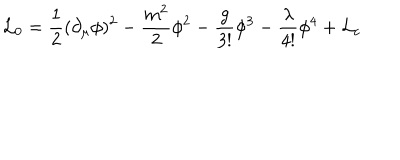
LaTeX: { \cal L } _ { 0 } = { \frac { 1 } { 2 } } ( \partial _ { \mu } \phi ) ^ { 2 } - { \frac { m ^ { 2 } } { 2 } } \phi ^ { 2 } - { \frac { g } { 3 ! } } \phi ^ { 3 } - { \frac { \lambda } { 4 ! } } \phi ^ { 4 } + { \cal L } _ { c }